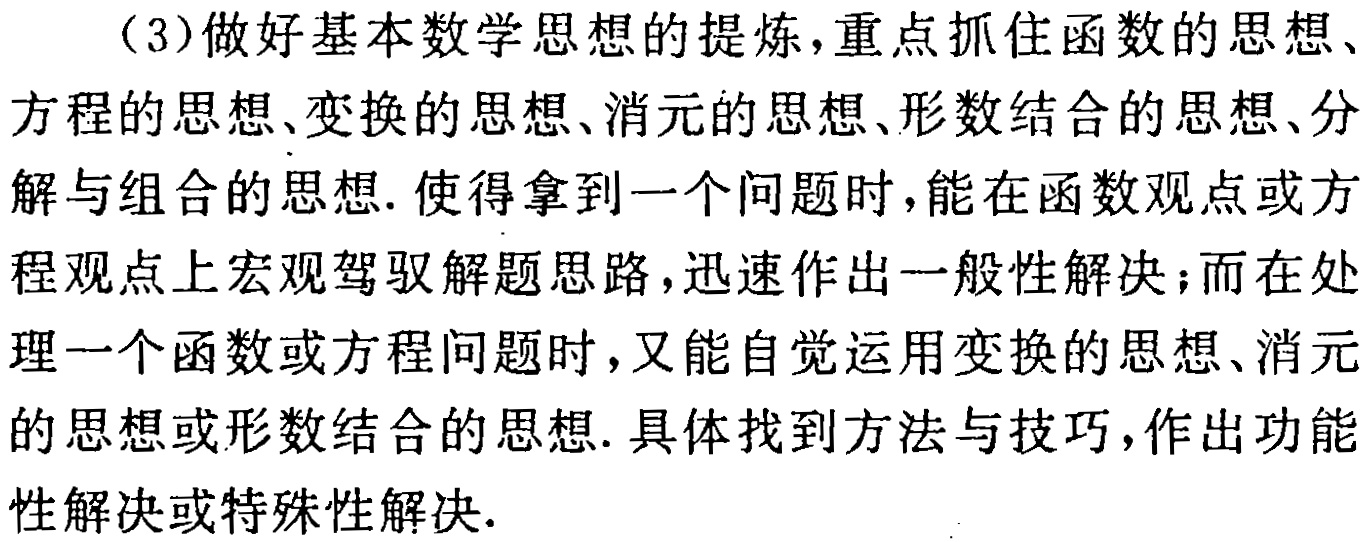
（3）做好基本数学思想的提炼，重点抓住函数的思想、方程的思想、变换的思想、消元的思想、形数结合的思想、分解与组合的思想. 使得拿到一个问题时，能在函数观点或方程观点上宏观驾驭解题思路，迅速作出一般性解决；而在处理一个函数或方程问题时，又能自觉运用变换的思想、消元的思想或形数结合的思想. 具体找到方法与技巧，作出功能性解决或特殊性解决.